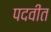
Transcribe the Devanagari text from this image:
पदवीत